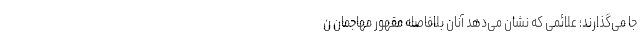
جا می‌گذارند؛ علائمی که نشان می‌دهد آنان بلافاصله مقهور مهاجمان ن